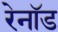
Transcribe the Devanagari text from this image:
रेनॉड